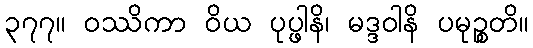
၃၇၇။ ဝဿိကာ ဝိယ ပုပ္ဖါနိ၊ မဒ္ဒဝါနိ ပမုဉ္စတိ။